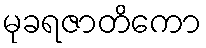
မုခရဇာတိကော